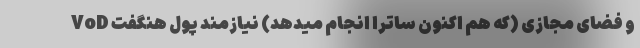
VoD و فضای مجازی (که هم اکنون ساترا انجام میدهد) نیازمند پول هنگفت